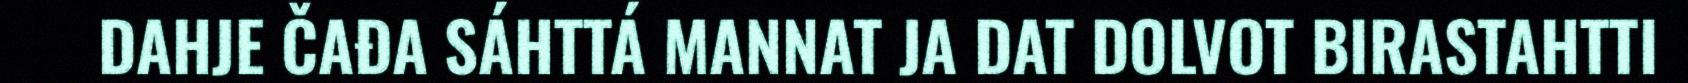
DAHJE ČAĐA SÁHTTÁ MANNAT JA DAT DOLVOT BIRASTAHTTI